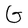
Character: G